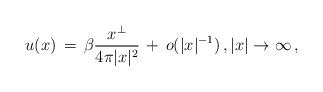
LaTeX: \begin{align*}u(x) & \, = \, \beta \frac{x^\bot}{4\pi |x|^2} \, + \, o (|x|^{-1})\,, |x|\rightarrow \infty\,,\end{align*}